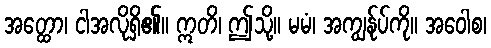
အတ္ထော၊ ငါအလိုရှိ၏။ ဣတိ၊ ဤသို့။ မမံ၊ အကျွန်ုပ်ကို။ အဝေါစ၊